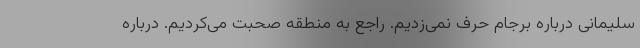
سلیمانی درباره برجام حرف نمی‌زدیم. راجع به منطقه صحبت می‌کردیم. درباره